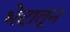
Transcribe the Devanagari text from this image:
भेदातून